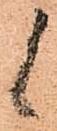
候